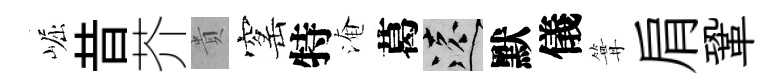
崛昔芥貴窰特淹葛遠默儀篝肩鞏